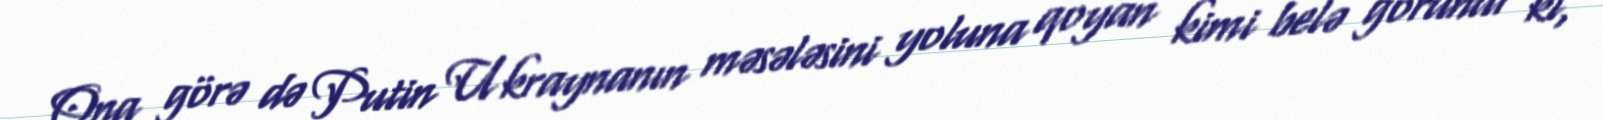
Ona görə də Putin Ukraynanın məsələsini yoluna qoyan kimi belə görünür ki,